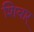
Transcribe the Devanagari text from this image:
शिवार्